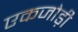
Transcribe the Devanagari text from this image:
एकजोड़ी